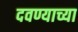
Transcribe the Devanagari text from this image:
दवण्याच्या